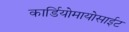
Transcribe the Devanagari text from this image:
कार्डियोमायोसाईट